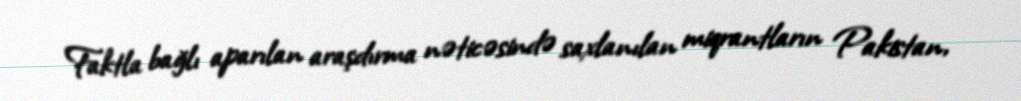
Faktla bağlı aparılan araşdırma nəticəsində saxlanılan miqrantların Pakistan,